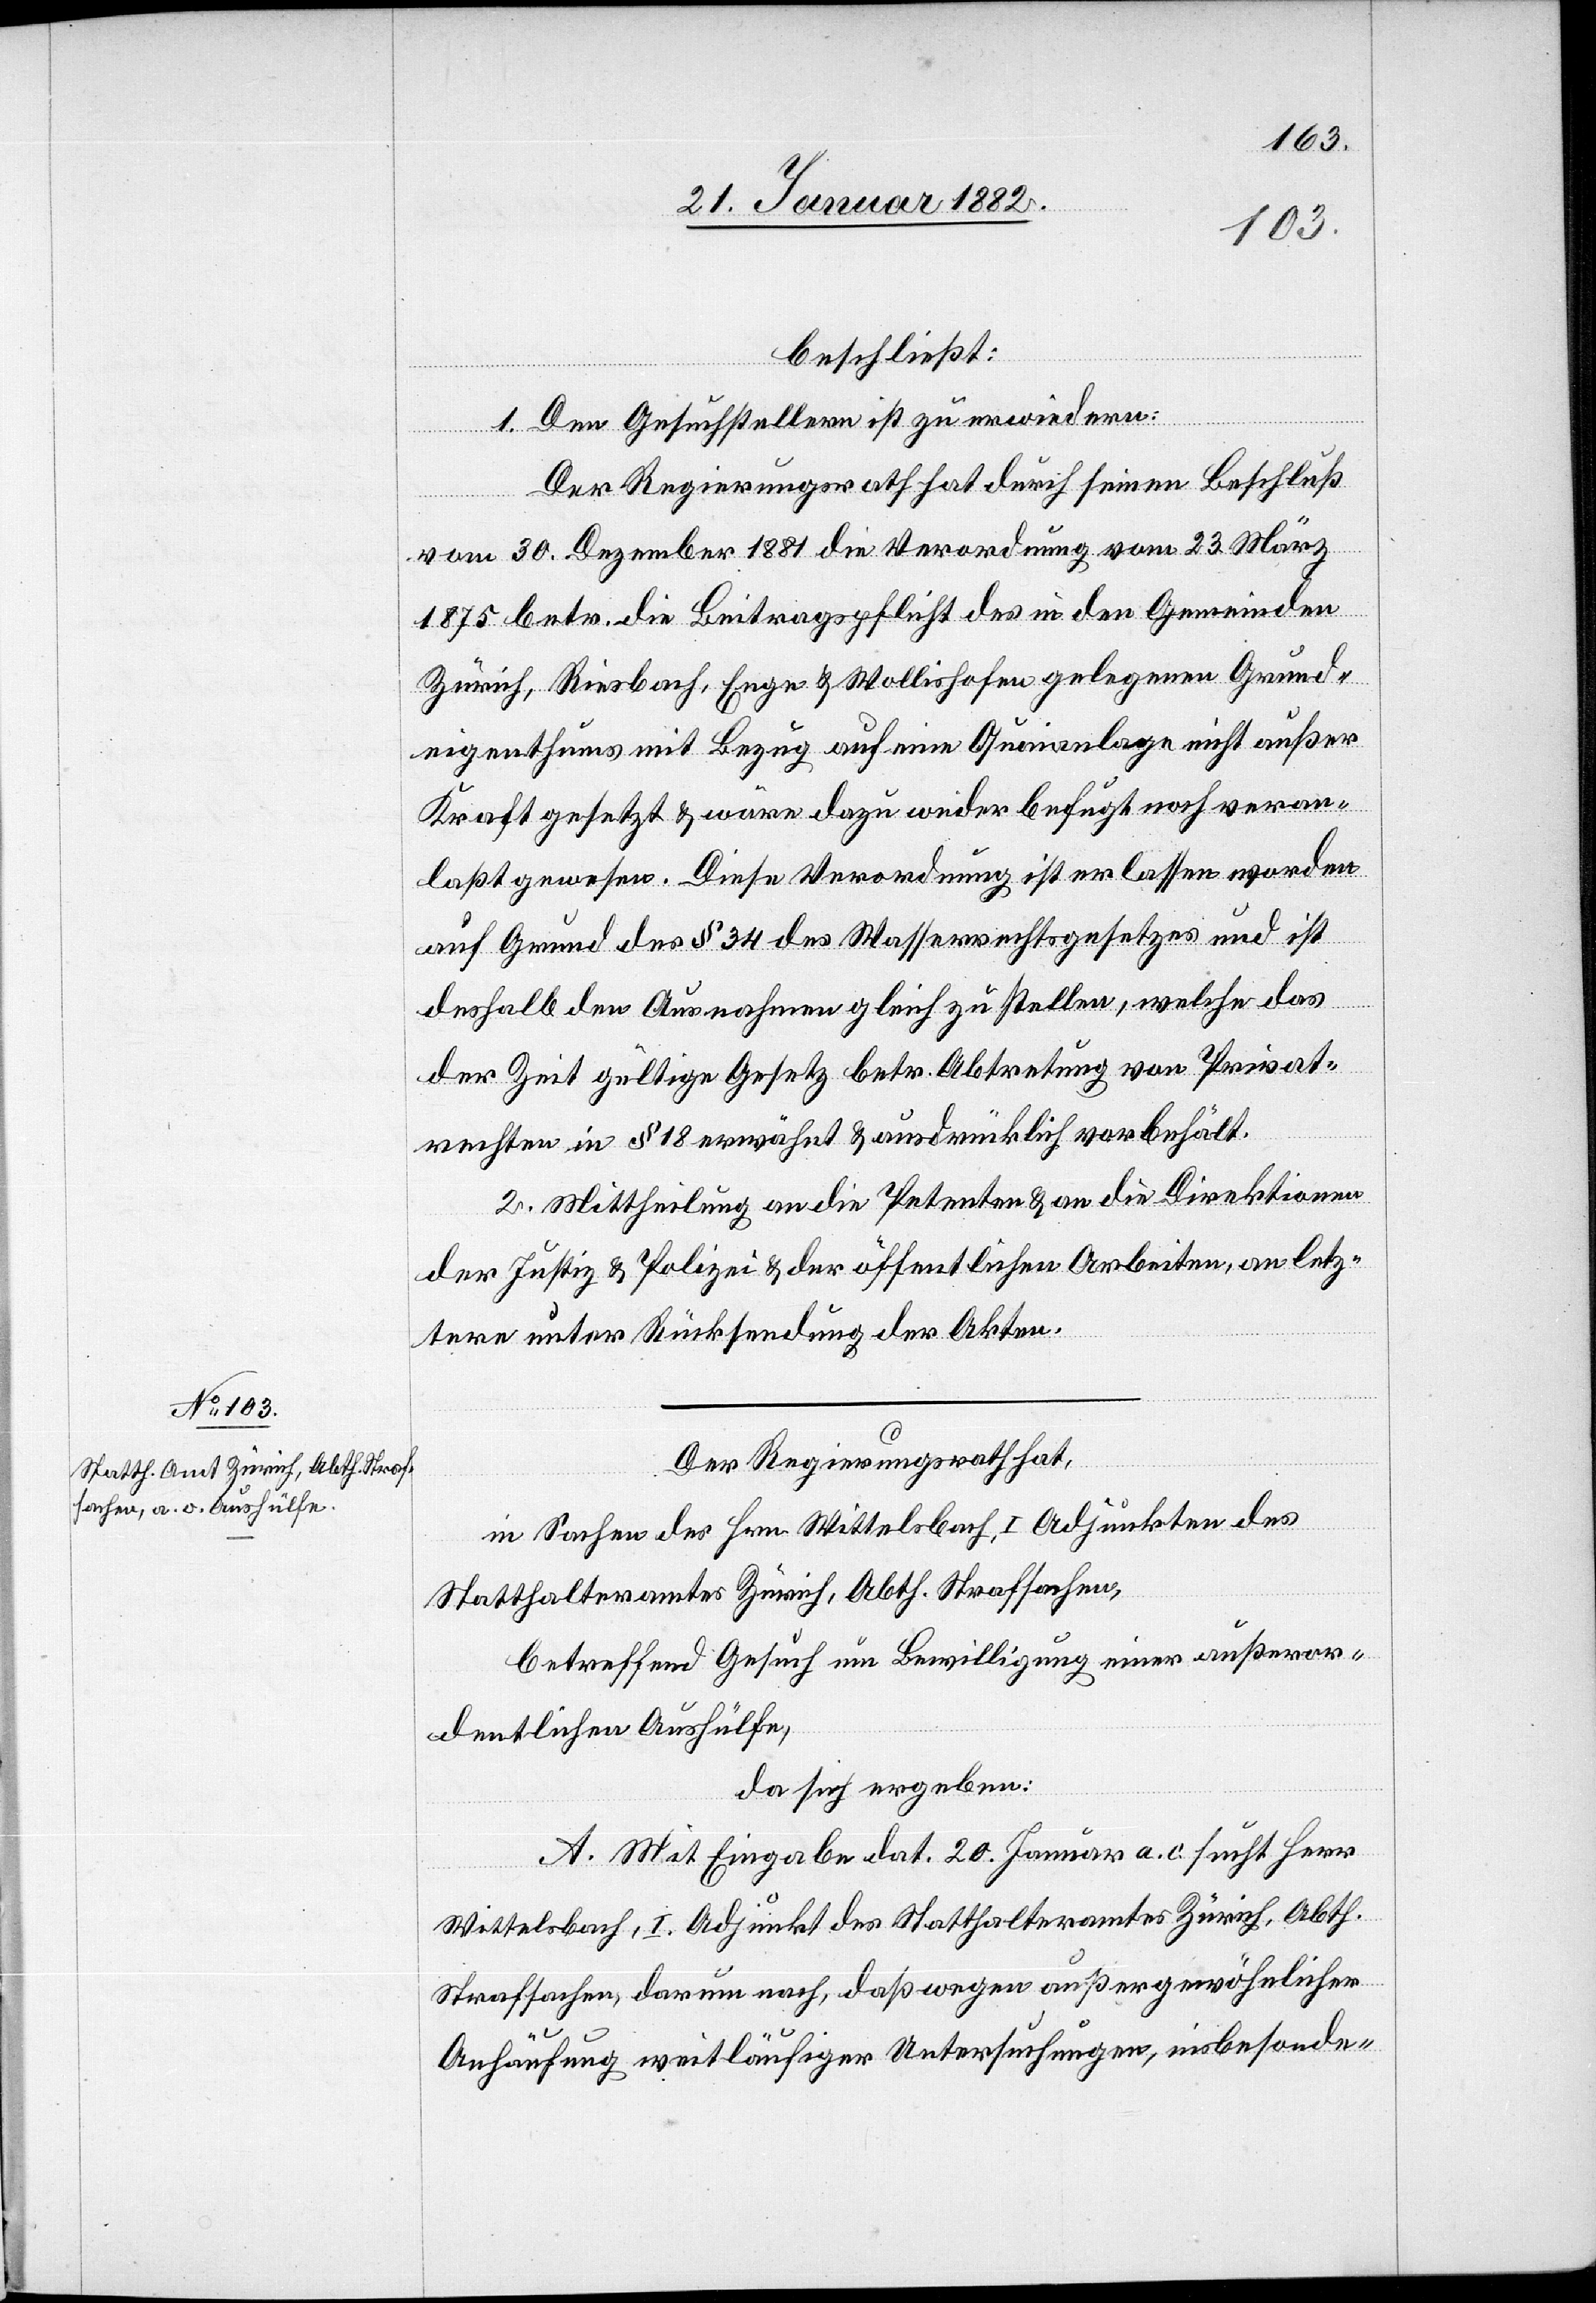
beschließt:
1. Den Gesuchstellern ist zu erwiedern:
Der Regierungsrath hat durch seinen Beschluß
vom 30. Dezember 1881 die Verordnung vom 23. März
1875 betr. die Beitragspflicht des in der Gemeinde
Zürich, Riesbach, Enge & Wollishofen gelegenen Grund¬
eigenthums mit Bezug auf eine Quaianlage nicht außer
Kraft gesetzt & wäre dazu weder befugt noch veran¬
laßt gewesen. Diese Verordnung ist erlassen worden
auf Grund des § 34 des Wasserrechtsgesetzes und ist
deshalb den Ausnahmen gleich zu stellen, welche das
der Zeit gültige Gesetz betr. Abtretung von Privat¬
rechten § 18 erwähnt & ausdrücklich vorbehält.
2. Mittheilung an die Petenten & an die Direktion
der Justiz & Polizei & der öffentlichen Arbeiten, an letz¬
tere unter Rücksendung der Akten.
Der Regierungsrath hat,
in Sachen des Hrn. Wittelsbach, I Adjunkten des
Statthalteramtes Zürich, Abth. Strafsachen,
betreffend Gesuch um Bewilligung einer außeror¬
dentlichen Aushülfe,
da sich ergeben:
A. Mit Eingabe dat. 20. Januar a. c. sucht Herr
Wittelsbach, I. Adjunkt des Statthalteramtes Zürich, Abth.
Strafsachen, darum nach, daß wegen außergewöhnlicher
Anhäufung weitläufiger Untersuchungen, insbesonde-